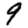
Digit: 9